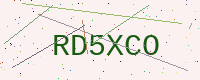
Text: RD5XCO